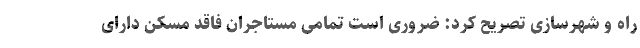
راه و شهرسازی تصریح کرد: ضروری است تمامی مستاجران فاقد مسکن دارای